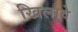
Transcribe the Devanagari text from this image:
खिलावे